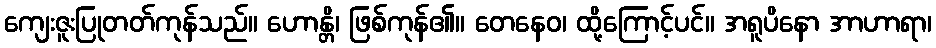
ကျေးဇူးပြုတတ်ကုန်သည်။ ဟောန္တိ၊ ဖြစ်ကုန်၏။ တေနေဝ၊ ထို့ကြောင့်ပင်။ အရူပိနော အာဟာရာ၊